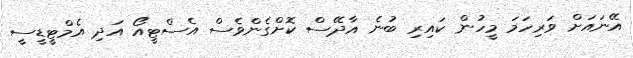
އޭނައަށް ވަރިހަމަ މީހުން ކައިރި ބުނެ އާދޭސް ކޮށްގެންވެސް އެސްޓީއޯ އަދި އެމްޓީޑީސީ